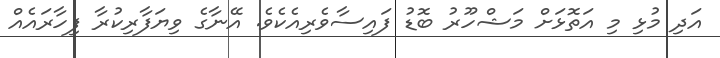
އަދި މުޅި މި އަތޮޅަށް މަޝްހޫރު ބޮޑު ފައިސާވެރިއެކެވެ. އޭނާގެ ވިޔަފާރިކުރާ ފިހާރައެއް